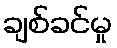
ချစ်ခင်မှု